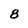
Character: 8